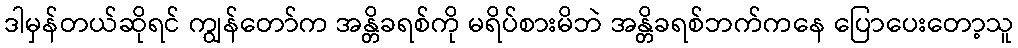
ဒါမှန်တယ်ဆိုရင် ကျွန်တော်က အန္တိခရစ်ကို မရိပ်စားမိဘဲ အန္တိခရစ်ဘက်ကနေ ပြောပေးတော့သူ